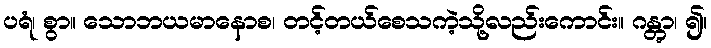
ပရံ၊ စွာ။ သောဘယမာနောစ၊ တင့်တယ်စေသကဲ့သို့လည်းကောင်း။ ဂန္တွာ၊ ၍။